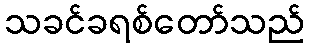
သခင်ခရစ်တော်သည်